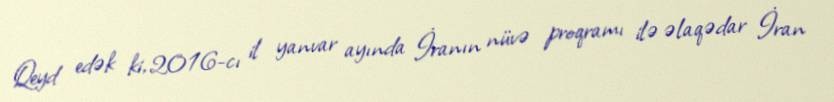
Qeyd edək ki, 2016-cı il yanvar ayında İranın nüvə proqramı ilə əlaqədar İran